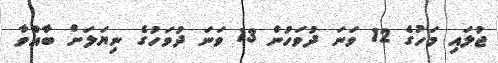
ޖުލައި މަހުގެ 12 ވަނަ ދުވަހުން 13 ވަނަ ދުވަހުގެ ނިޔަލަށް ބާއްވާ